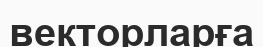
векторларға